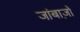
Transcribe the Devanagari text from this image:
जांबाज़ों